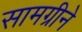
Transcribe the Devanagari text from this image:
सामग्रीने